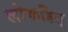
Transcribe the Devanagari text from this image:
लोकहित्